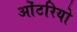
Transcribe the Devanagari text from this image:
ओंटरियो